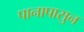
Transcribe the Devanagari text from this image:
पानापासुन